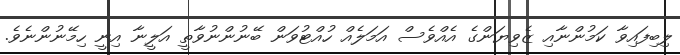
ލިބިފައިވާ ކަމުންނާއި ޒެވިޔަންގެ އެއްވެސް އަމަލެއް ހުއްޓުވަން ބޭނުންނުވާތީ އަލީނާ އިނީ ހިމޭނުންނެވެ.